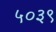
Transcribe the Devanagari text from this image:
५०३९